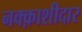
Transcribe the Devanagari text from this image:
नक्क़ाशीदार